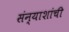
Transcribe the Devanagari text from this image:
संन्याशांची